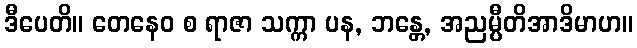
ဒီပေတိ။ တေနေဝ စ ရာဇာ သက္ကာ ပန, ဘန္တေ, အညမ္ပီတိအာဒိမာဟ။